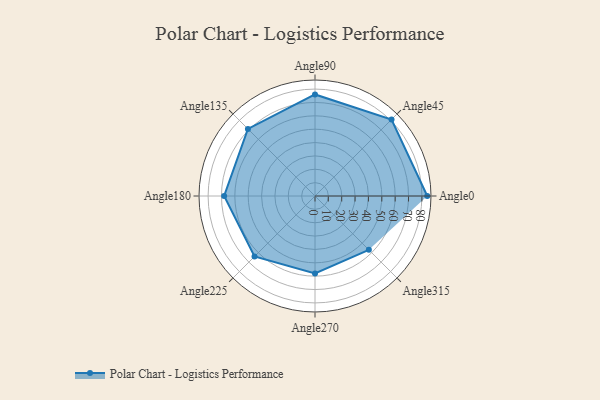
{"axis": {"x": "Angle", "y": "Radius"}, "legend": [""], "data": [{"x": "Angle0", "y": 84.0, "type": ""}, {"x": "Angle45", "y": 81.0, "type": ""}, {"x": "Angle90", "y": 76.0, "type": ""}, {"x": "Angle135", "y": 71.0, "type": ""}, {"x": "Angle180", "y": 68.0, "type": ""}, {"x": "Angle225", "y": 64.0, "type": ""}, {"x": "Angle270", "y": 58.0, "type": ""}, {"x": "Angle315", "y": 57.0, "type": ""}]}